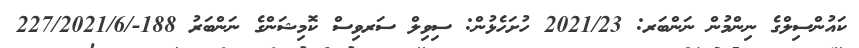
ކައުންސިލްގެ ނިންމުން ނަންބަރ: 2021/23 ހުށަހެޅުން: ސިވިލް ސަރވިސް ކޮމިޝަންގެ ނަންބަރު 188-/227/2021/6